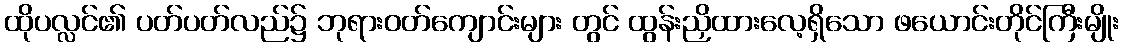
ထိုပလ္လင်၏ ပတ်ပတ်လည်၌ ဘုရားဝတ်ကျောင်းများ တွင် ထွန်းညှိထားလေ့ရှိသော ဖယောင်းတိုင်ကြီးမျိုး